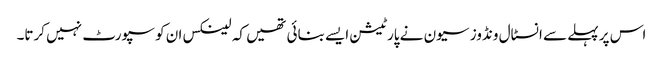
اس پر پہلے سے انسٹال ونڈوز سیون نے پارٹیشن ایسے بنائی تھیں کہ لینکس ان کو سپورٹ نہیں کرتا۔